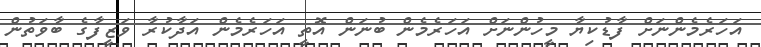
އަހަރެމެންނަށް ފާޑުކިޔާ މީހުންނަށް އަހަރެމެން ބުނަން އޮތީ އަހަރެމެން އަދާކުރާ ވަޒީފާގެ ބާވަތުން